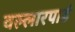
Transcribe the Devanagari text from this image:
वल्लारपाडं